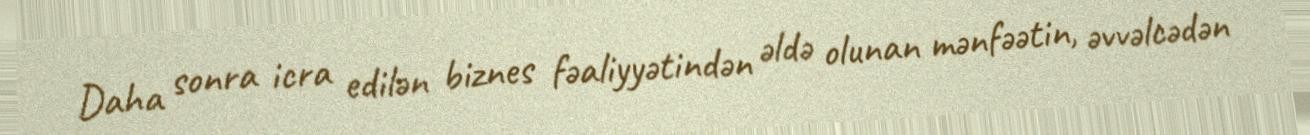
Daha sonra icra edilən biznes fəaliyyətindən əldə olunan mənfəətin, əvvəlcədən